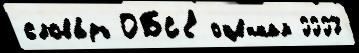
слова́рь ОБС'Е́ оце́нкам 0007